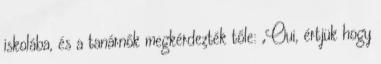
iskolába, és a tanárnők megkérdezték tőle: „Oui, értjük hogy